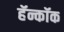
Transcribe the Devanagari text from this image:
हॅन्कॉक